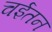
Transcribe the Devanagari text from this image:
चईतन